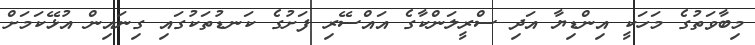
މިބާވަތުގެ މަހަކީ އިންޑިޔާ އަދި ސްރީލަންކާގެ އައްސޭރި ފަށުގެ ކަނޑުތަކުގައި ގިނައިން އުޅޭކަމަށް